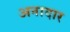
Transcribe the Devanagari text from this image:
अनादार